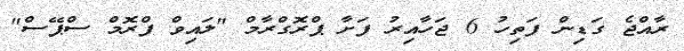
ރާއްޖެ ގަޑިން ފަތިހު 6 ޖަހާއިރު ފަށާ ޕްރޮގްރާމް "ލައިވް ފްރޮމް ސްޕޭސް"